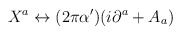
\begin{align*}X^a \leftrightarrow (2 \pi \alpha') (i \partial^a + A_a)\end{align*}